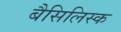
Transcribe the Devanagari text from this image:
बैसिलिस्क